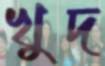
খুদ